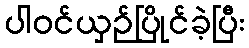
ပါဝင်ယှဉ်ပြိုင်ခဲ့ပြီး